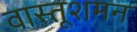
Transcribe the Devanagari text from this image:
वास्तूशमन